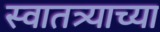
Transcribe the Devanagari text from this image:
स्वातत्र्याच्या